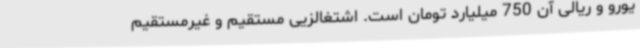
یورو و ریالی آن 750 میلیارد تومان است. اشتغالزیی مستقیم و غیرمستقیم